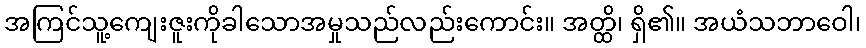
အကြင်သူ့ကျေးဇူးကိုခါသောအမှုသည်လည်းကောင်း။ အတ္ထိ၊ ရှိ၏။ အယံသဘာဝေါ၊